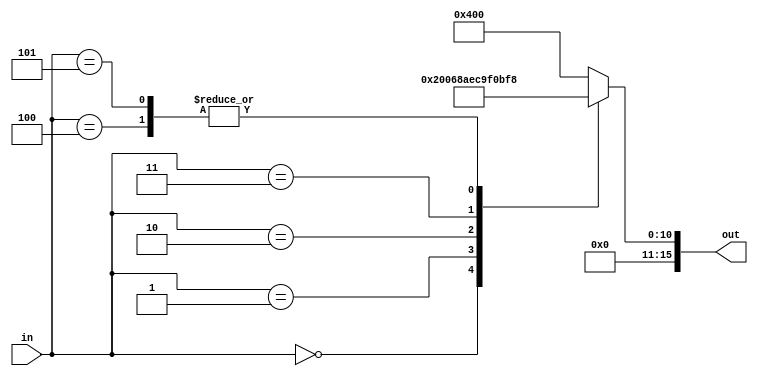
////////////////////////////////////////////////////////////////////////////////////////////////////////
//
// Institution   : Bandung Institute of Technology
//
// Design Name   : Lookup Table for First Term Coeficient in MacClaurin Series
// Module Name   : coef_term1
// Project Name  : LSI Design Contest in Okinawa 2018
// Target Devices: Sigmoid Function
// Tool versions : FPGA
//
// Description: 
// 		Providing value term 1 of MacClaurin Series with respect to input segmentation
// 
// Input:
//  	in : 3 bit unsigned : control signal
//
// Output:
//  	out : 16 bit signed : Term 1 Coeficient for MacClaurin Series 
//
// Revision: 
// Revision 0.01 - File Created
// Additional Comments: Purely combinational derived using Karnaugh Map
//
///////////////////////////////////////////////////////////////////////////////////////////////////////

module coef_term1(in, out);

parameter t01 = 16'b0000_0010_0000_0000 ;
parameter t12 = 16'b0000_0011_0100_0101 ;
parameter t23 = 16'b0000_0011_1011_0010 ;
parameter t34 = 16'b0000_0011_1110_0001 ;
parameter t46 = 16'b0000_0011_1111_1001 ;
parameter t00 = 16'b0000_0100_0000_0000 ;


input [2:0] in;
output reg [15:0] out;

always@(in)
begin
  case (in)
    0 : out = t01;
	1 : out = t12;
	2 : out = t23;
	3 : out = t34;
	4 : out = t46;
	5 : out = t46;
	default : out = t00;
  endcase
end

endmodule